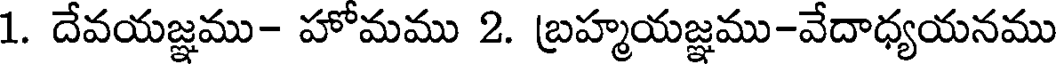
1. దేవయజ్ఞము- హోమము 2. బ్రహ్మయజ్ఞము-వేదాధ్యయనము